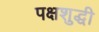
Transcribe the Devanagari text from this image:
पक्षशुद्धी